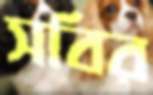
সবির